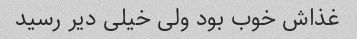
غذاش خوب بود ولی خیلی دیر رسید